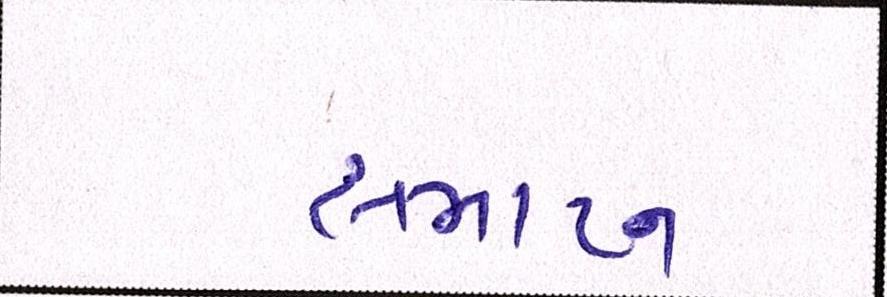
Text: સમાપ્ન